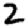
Digit: 2